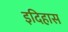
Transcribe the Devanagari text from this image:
इदिहास